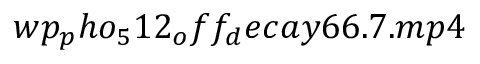
w p _ { p } h o _ { 5 } 1 2 _ { o } f f _ { d } e c a y 6 6 . 7 . m p 4